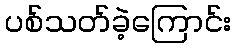
ပစ်သတ်ခဲ့ကြောင်း